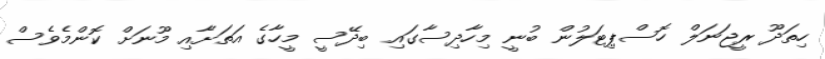
ހިތަދޫ ރީޖަނަލް ހޮސްޕިޓަލުން ބުނީ މިހާދިސާގައި ބިދޭސީ މީހާގެ އަތަށާއި މޫނަށް ކޮންމެވެސް